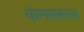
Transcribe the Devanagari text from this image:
कंगालाल